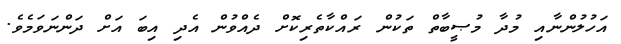
އަހުލުންނާއި މުދާ މުޞީބާތް ތަކުން ރައްކާތެރިކޮށް ދެއްވުން އެދި އިބަ އަށް ދަންނަވަމެވެ.